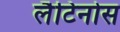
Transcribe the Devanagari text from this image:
लैटिनोस